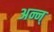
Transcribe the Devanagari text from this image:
अन्न्